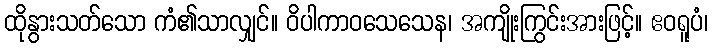
ထိုနွားသတ်သော ကံ၏သာလျှင်။ ဝိပါကာဝသေသေန၊ အကျိုးကြွင်းအားဖြင့်။ ဧဝရူပံ၊